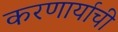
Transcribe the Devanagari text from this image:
करणार्याची